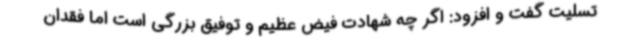
تسلیت گفت و افزود: اگر چه شهادت فیض عظیم و توفیق بزرگی است اما فقدان